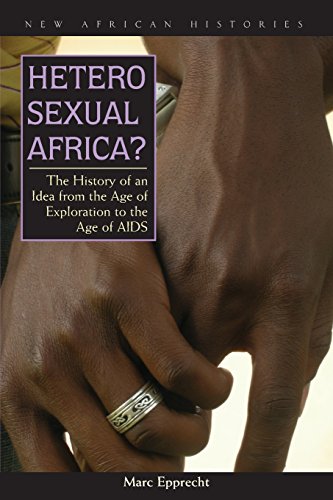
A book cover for Heterosexual Africa?: The History of an Idea from the Age of Exploration to the Age of AIDS (New African Histories); Marc Epprecht; Health, Fitness & Dieting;